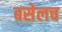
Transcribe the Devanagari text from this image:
बसेलच